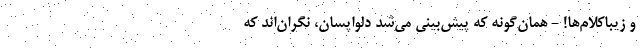
و زیباکلام‌ها! - همان‌گونه که پیش‌بینی می‌شد دلواپسان، نگران‌اند که